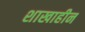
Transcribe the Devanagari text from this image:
शाखाहीन